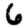
Digit: 6